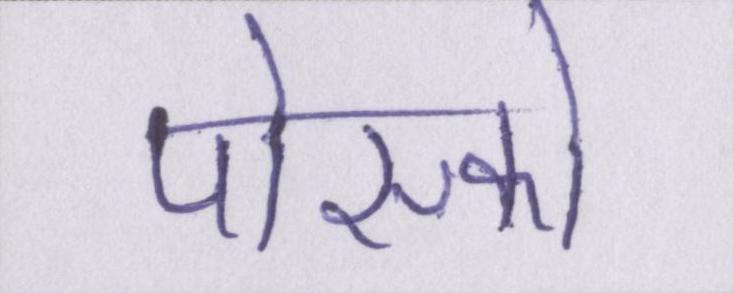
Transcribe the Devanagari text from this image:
पोस्को